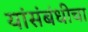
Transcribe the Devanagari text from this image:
यांसंबंधीचा